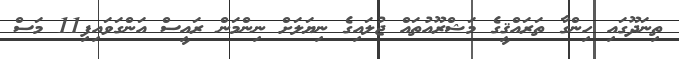
ތިނަދޫގައި ހިންގާ ތަރައްޤީގެ މަޝްރޫއުތައް ޖުލައިގެ ނިޔަލަށް ނިންމަން ރައީސް އަންގަވައިފި11 މަސް